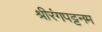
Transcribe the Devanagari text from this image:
श्रीरंगपट्टनम